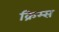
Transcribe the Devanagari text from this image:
क्रिम्स